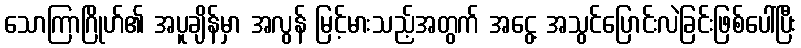
သောကြာဂြိုဟ်၏ အပူချိန်မှာ အလွန် မြင့်မားသည့်အတွက် အငွေ့ အသွင်ပြောင်းလဲခြင်းဖြစ်ပေါ်ပြီး